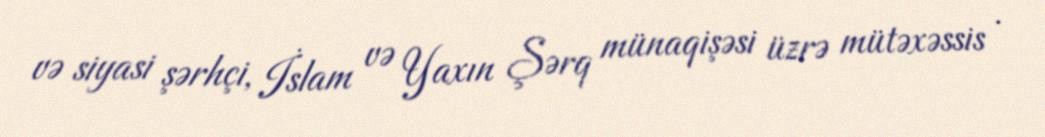
və siyasi şərhçi, İslam və Yaxın Şərq münaqişəsi üzrə mütəxəssis .